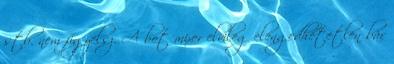
stb. nem figyelsz. A bot mixer elvileg elengedhetetlen bár